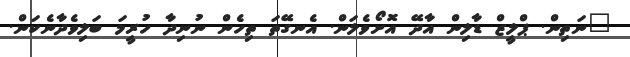
"ނަތިން. ޕްލީޒް ޑާލިން އާދޭ އޮށޯވެލަން. އެނގޭތަ ތިހެން ނުނިދާ ހުރީމަ ބަލިވެދާނެކަން.